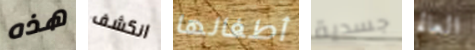
هذه انكشف أطفالها جسدية العالم